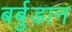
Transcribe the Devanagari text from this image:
बर्बुडान